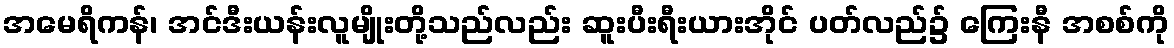
အမေရိကန်၊ အင်ဒီးယန်းလူမျိုးတို့သည်လည်း ဆူးပီးရီးယားအိုင် ပတ်လည်၌ ကြေးနီ အစစ်ကို